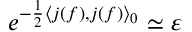
e ^ { - \frac { 1 } { 2 } \left\langle j ( f ) , j ( f ) \right\rangle _ { 0 } } \simeq \varepsilon